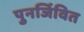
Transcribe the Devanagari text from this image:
पुनर्जिवित